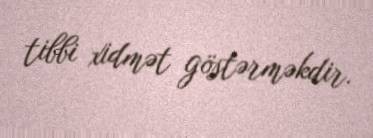
tibbi xidmət göstərməkdir.